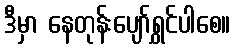
ဒီမှာ နေတုန်းပျော်ရွှင်ပါစေ။